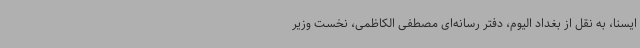
ایسنا، به نقل از بغداد الیوم، دفتر رسانه‌ای مصطفی الکاظمی، نخست وزیر